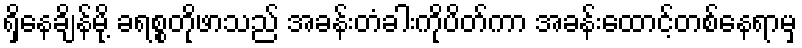
ရှိနေချိန်မို့ ခရစ္စတိုဖာသည် အခန်းတံခါးကိုပိတ်ကာ အခန်းထောင့်တစ်နေရာမှ